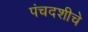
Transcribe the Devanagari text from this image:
पंचदशीचे